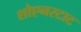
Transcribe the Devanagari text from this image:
शोएनस्टाट